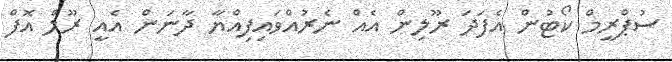
ސުޕްރީމް ކޯޓުން އެފަދަ ރޫލިން އެއް ނެރުއްވައިފިއްޔާ ދާނަން އެއީ ރޫލް އޮފް